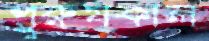
পুরুষকাল